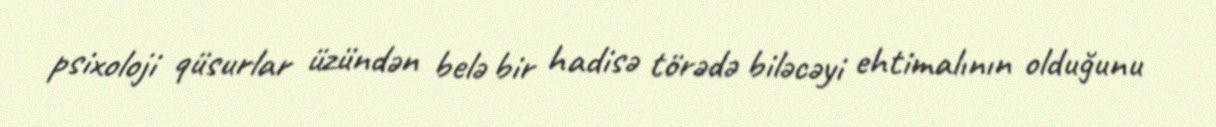
psixoloji qüsurlar üzündən belə bir hadisə törədə biləcəyi ehtimalının olduğunu